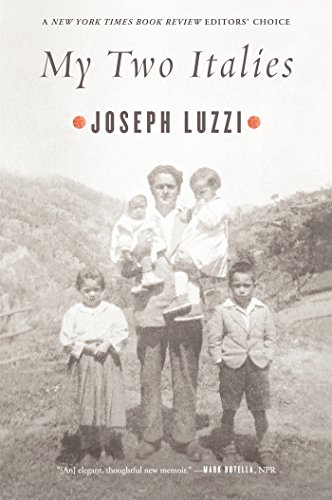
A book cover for My Two Italies; Joseph Luzzi; History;